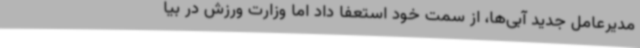
مدیرعامل جدید آبی‌ها، از سمت خود استعفا داد اما وزارت ورزش در بیا